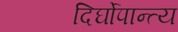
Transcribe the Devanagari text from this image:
दिर्घोपान्त्य